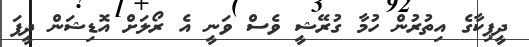
ދީޕިކާގެ އިތުރުން ހުމާ ގުރޭޝީ ވެސް ވަނީ އެ ރޯލަށް އޮޑިޝަން ދީފަ